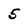
Character: 5